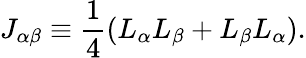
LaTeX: J_{\alpha\beta}\equiv\frac{1}{4}(L_{\alpha}L_{\beta}+L_{\beta}L_{\alpha}).